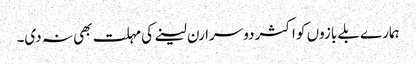
ہمارے بلے بازوں کو اکثر دوسرا رن لینے کی مہلت بھی نہ دی۔